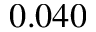
0 . 0 4 0